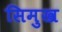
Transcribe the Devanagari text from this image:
सिमुख